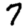
Digit: 7